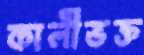
কালীভক্ত